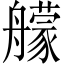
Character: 艨